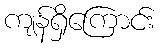
ကျန်ရှိကြောင်း